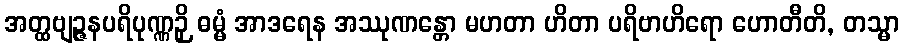
အတ္ထဗျဉ္ဇနပရိပုဏ္ဏဉှိ ဓမ္မံ အာဒရေန အဿုဏန္တော မဟတာ ဟိတာ ပရိဗာဟိရော ဟောတီတိ, တသ္မာ